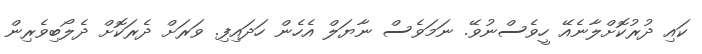
ކައި ދުރުކޮށްލާނެއޭ ހީވެސްނުވޭ. ނަމަވެސް ނާޔަލް އެހެން ހަދައިފި. ވަރަށް ދެރަކޮށް ދެލޯބިވެރިން